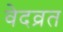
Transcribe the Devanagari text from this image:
वेदव्रत